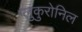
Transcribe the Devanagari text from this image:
ग्लुकुरोनिल